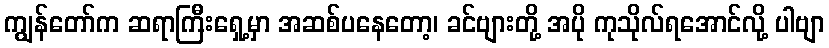
ကျွန်တော်က ဆရာကြီးရှေ့မှာ အဆစ်ပနေတော့၊ ခင်ဗျားတို့ အပို ကုသိုလ်ရအောင်လို့ ပါဗျာ